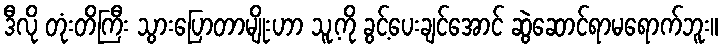
ဒီလို တုံးတိကြီး သွားပြောတာမျိုးဟာ သူ့ကို ခွင့်ပေးချင်အောင် ဆွဲဆောင်ရာမရောက်ဘူး။